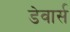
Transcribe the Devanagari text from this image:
डेवार्स